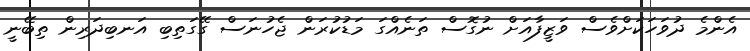
އެންމެ ދުވަހަކަށްވެސް ވަޒީފާއަށް ނުގޮސް ތަނެއްގަ މަޑުކުރަން ޖެހުނަސް ގޭގަތިބި އަނބިދަރިން ތިބޭނީ